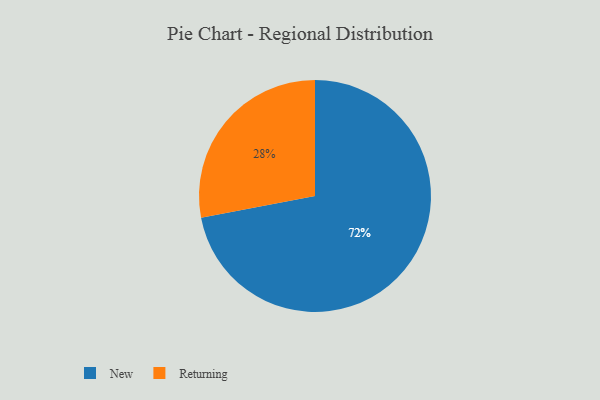
{"axis": {"x": "Category", "y": "Percentage"}, "legend": ["New", "Returning"], "data": [{"x": "New", "y": 72, "type": "New"}, {"x": "Returning", "y": 28, "type": "Returning"}]}